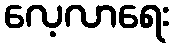
လေ့လာရေး